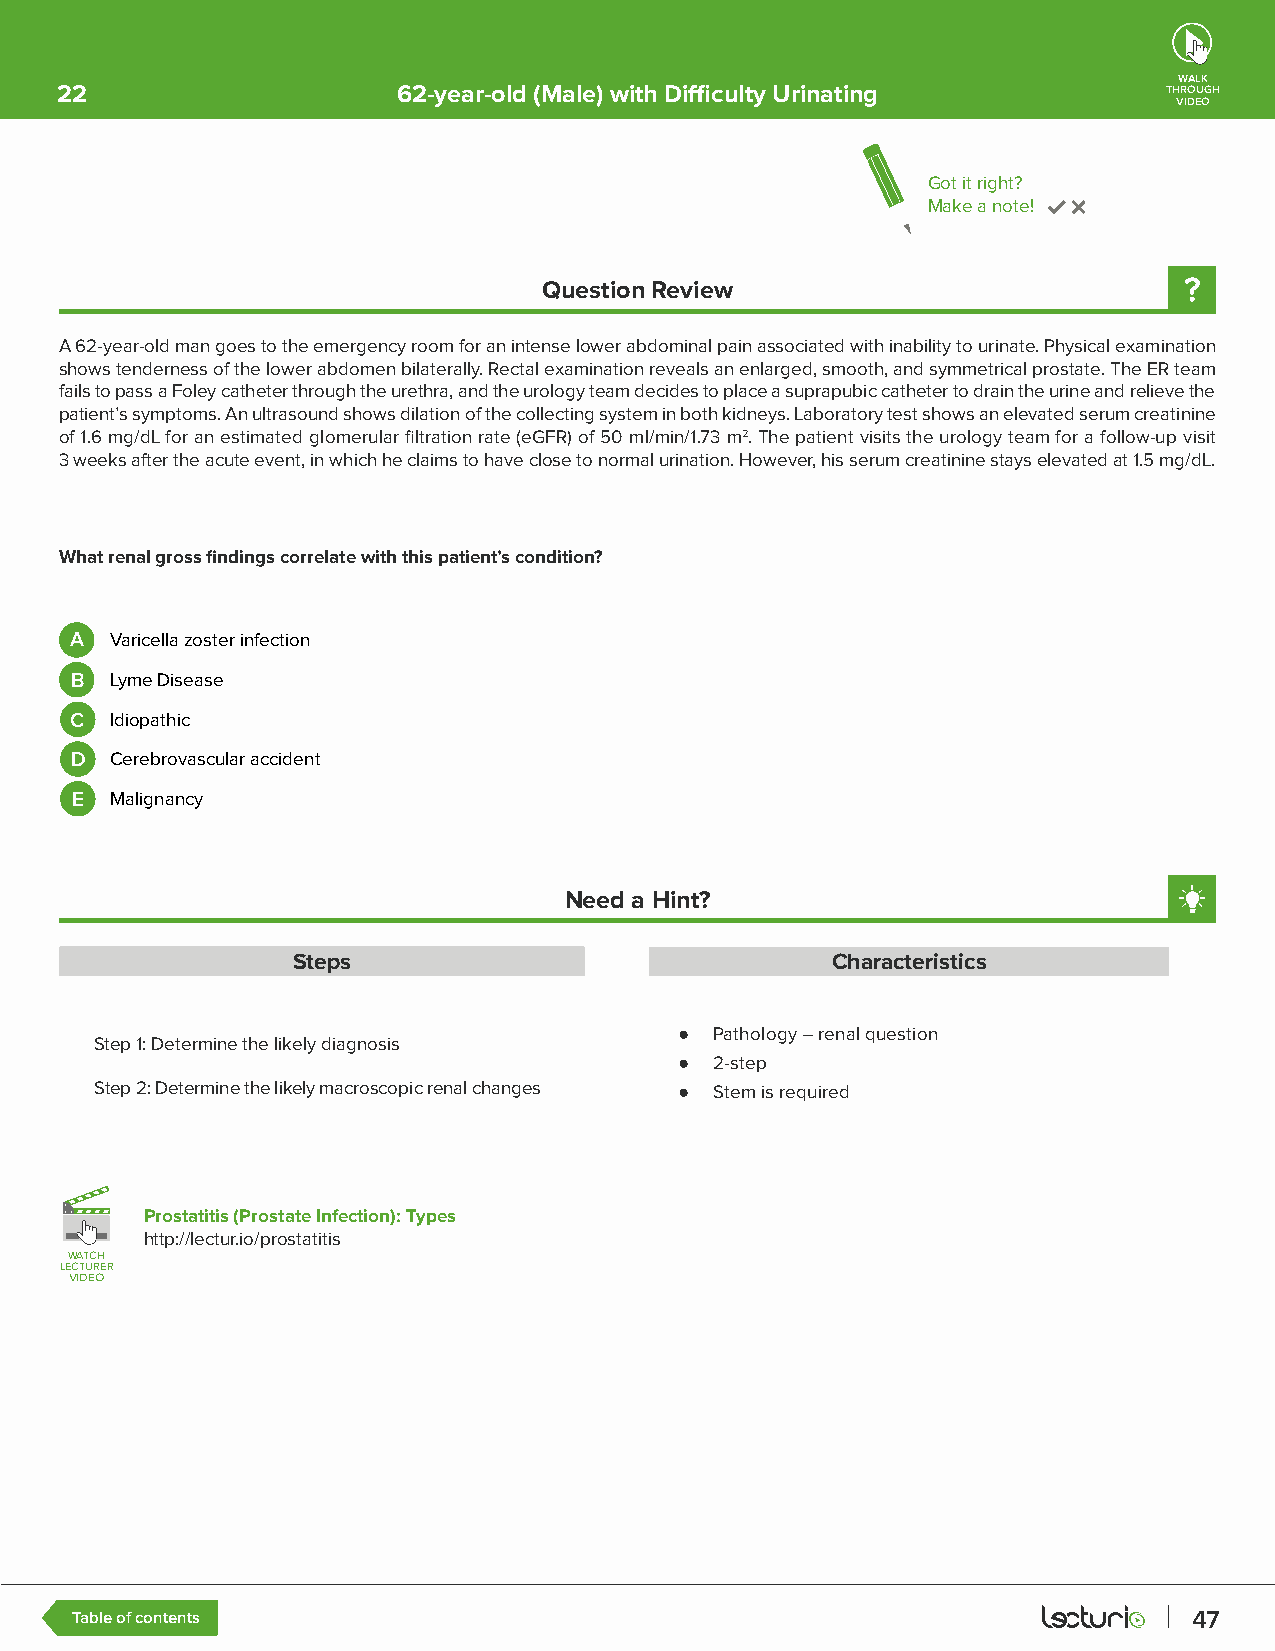
WALK
 22                    62-year-old (Male) with Difficulty Urinating       THROUGH
 VIDEO
 Got it right?
 Make a note!
 Question Review
 A 62-year-old man goes to the emergency room for an intense lower abdominal pain associated with inability to urinate. Physical examination
 shows tenderness of the lower abdomen bilaterally. Rectal examination reveals an enlarged, smooth, and symmetrical prostate. The ER team
 fails to pass a Foley catheter through the urethra, and the urology team decides to place a suprapubic catheter to drain the urine and relieve the
 patient’s symptoms. An ultrasound shows dilation of the collecting system in both kidneys. Laboratory test shows an elevated serum creatinine
 of 1.6 mg/dL for an estimated glomerular filtration rate (eGFR) of 50 ml/min/1.73 m2. The patient visits the urology team for a follow-up visit
 3 weeks after the acute event, in which he claims to have close to normal urination. However, his serum creatinine stays elevated at 1.5 mg/dL.
 What renal gross findings correlate with this patient’s condition?
 A Varicella zoster infection
 B Lyme Disease
 C Idiopathic
 D Cerebrovascular accident
 E Malignancy
 Need a Hint?
 Steps                               Characteristics
 ● Pathology – renal question
 Step 1: Determine the likely diagnosis
 ● 2-step
 Step 2: Determine the likely macroscopic renal changes ● Stem is required
 Prostatitis (Prostate Infection): Types
 http://lectur.io/prostatitis
 WWAATTCCHH
 LLEECCTTUURREERR
 VVIIDDEEOO
 Table of contents                                                         47